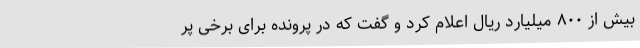
بیش از ۸۰۰ میلیارد ریال اعلام کرد و گفت که در پرونده برای برخی پر